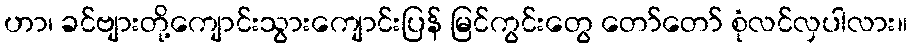
ဟာ၊ ခင်ဗျားတို့ကျောင်းသွားကျောင်းပြန် မြင်ကွင်းတွေ တော်တော် စုံလင်လှပါလား။